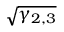
\sqrt { \gamma _ { 2 , 3 } }